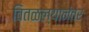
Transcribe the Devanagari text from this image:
वितळल्यानंतर